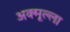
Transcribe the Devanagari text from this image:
अक्मूल्ला